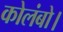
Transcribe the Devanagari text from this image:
कोलंबो।